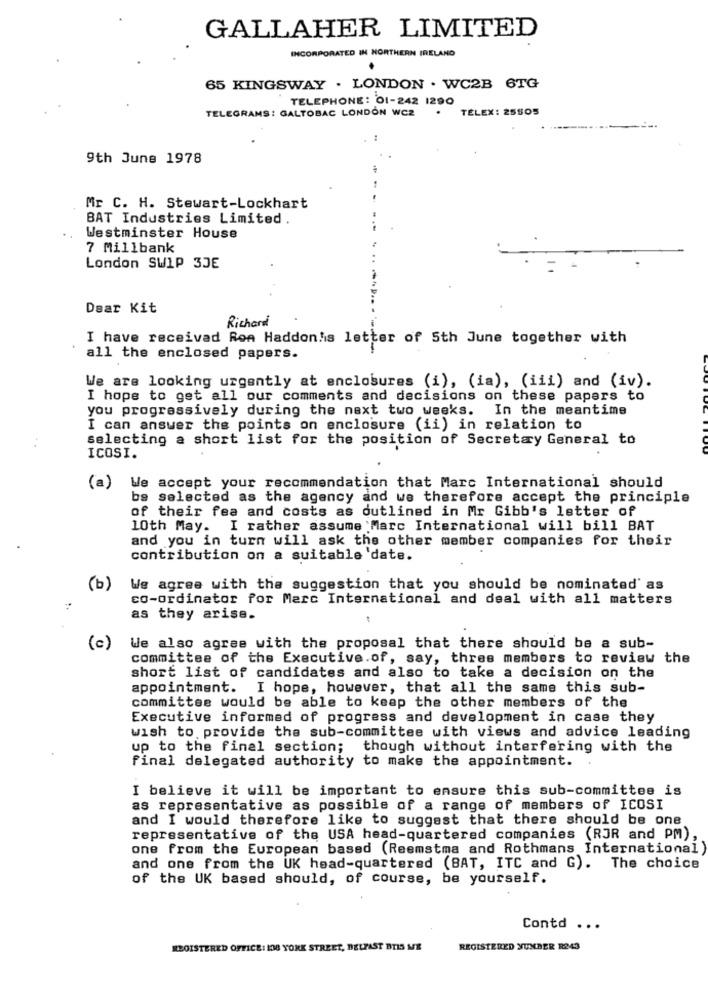
GALLAHER LIMITED
INCORPORATED IN NORTHERN IRELAND
65 KINGSWAY . LONDON . WC2B 6TG
TELEPHONE: 01-242 1290
TELEX: 25505
TELEGRAMS: GALTOBAC LONDON WC2
9th June 1978
Mr C. H. Stewart-Lockhart
BAT Industries Limited .
Westminster House
7 Millbank
London SWIP 3JE
Dear Kit
Richard
I have received Ron Haddon's letter of 5th June together with
all the enclosed papers.
We are looking urgently at enclosures (i), (ia), (iii) and (iv).
I hope to get all our comments and decisions on these papers to
you progressively during the next two weeks. In the meantime
I can answer the points on enclosure (ii) in relation to
selecting a short list for the position of Secretary General to
ICOSI.
We accept your recommendation that Marc International should
(a)
be selected as the agency and we therefore accept the principle
of their fea and costs as outlined in Mr Gibb's letter of
10th May. I rather assume Marc International will bill BAT
and you in turn will ask the other member companies for their
contribution on a suitable date.
(b)
We agree with the suggestion that you should be nominated' as
co-ordinator for Marc International and deal with all matters
as they arise.
(c)
We also agree with the proposal that there should be a sub-
committee of the Executive.of, say, three members to review the
short list of candidates and also to take a decision on the
appointment. I hope, however, that all the same this sub-
committee would be able to keep the other members of the
Executive informed of progress and development in case they
wish to provide the sub-committee with views and advice leading
up to the final section; though without interfering with the
final delegated authority to make the appointment.
I believe it will be important to ensure this sub-committee is
as representative as possible of a range of members of ICOSI
and I would therefore like to suggest that there should be one
representative of the USA head-quartered companies (RJR and PM),
one from the European based (Reemstma and Rothmans International)
and one from the UK head-quartered (BAT, ITC and G). The choice
of the UK based should, of course, be yourself.
Contd ...
REGISTERED OFFICE: 108 YORK STREET, BELFAST BTIS ME
REGISTERED NUMBER R243